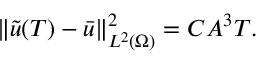
\begin{array} { r } { \left\lVert \tilde { u } ( T ) - \bar { u } \right\rVert _ { L ^ { 2 } ( \Omega ) } ^ { 2 } = C A ^ { 3 } T . } \end{array}